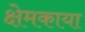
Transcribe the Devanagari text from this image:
क्षेमकाया